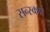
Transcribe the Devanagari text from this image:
सन्स्कार